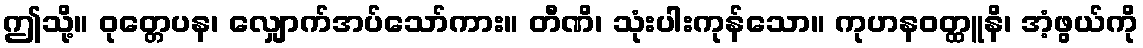
ဤသို့။ ဝုတ္တေပန၊ လျှောက်အပ်သော်ကား။ တီဏိ၊ သုံးပါးကုန်သော။ ကုဟနဝတ္ထူနိ၊ အံ့ဖွယ်ကို